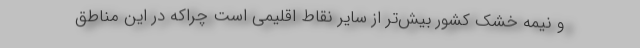
و نیمه خشک کشور بیش‌تر از سایر نقاط اقلیمی است چراکه در این مناطق